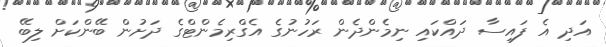
އަދި އެ ފައިސާ ދައްކައި ނިމެންދެން ރަހުނުގެ އެގްރިމެންޓްގެ ދަށުން ބޭންކަށް ލިބޭ